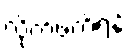
လိုက်ဖက်ရန်